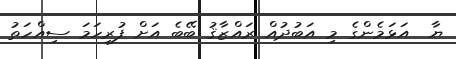
ޔާ  އަޅަމެންގެ މި އަބުދުއް ރައްޒާޤު ބޭބެ އަށް ފުރިހަމަ ސިއްހަތު